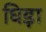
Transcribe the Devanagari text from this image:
घिड़ा